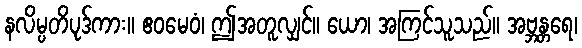
နလိမ္ပတိပုဒ်ကား။ ဧဝမေဝံ၊ ဤအတူလျှင်။ ယော၊ အကြင်သူသည်။ အဗ္ဘန္တရေ၊